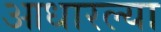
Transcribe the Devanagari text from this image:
आधारल्या